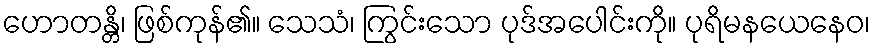
ဟောတန္တိ၊ ဖြစ်ကုန်၏။ သေသံ၊ ကြွင်းသော ပုဒ်အပေါင်းကို။ ပုရိမနယေနေဝ၊